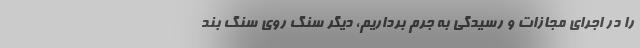
را در اجرای مجازات و رسیدگی به جرم برداریم، دیگر سنگ روی سنگ بند